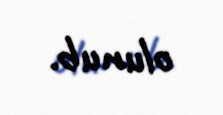
olunub.